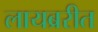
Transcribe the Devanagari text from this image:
लायब्ररीत